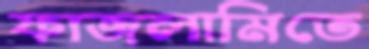
ফাজলামিতে